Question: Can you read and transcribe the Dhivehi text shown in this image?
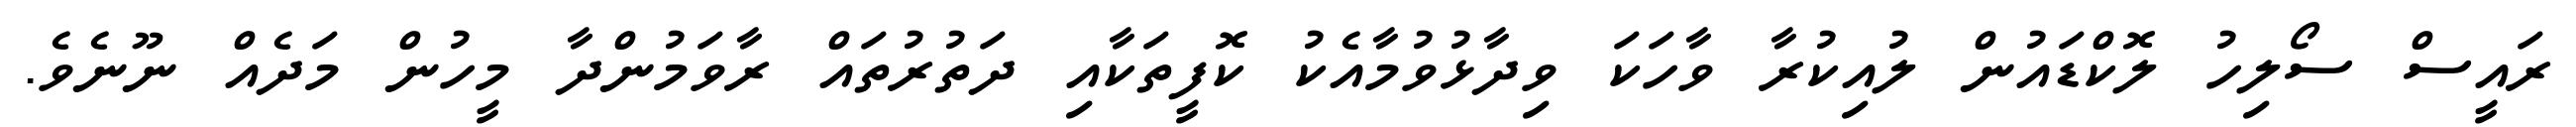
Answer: ރައީސް ސޯލިހު ލޮކްޑައުން ލުއިކުރާ ވާހަކަ ވިދާޅުވުމާއެކު ކޮފީތަކާއި ދަތުރުތައް ރާވަމުންދާ މީހުން މަދެއް ނޫނެވެ.